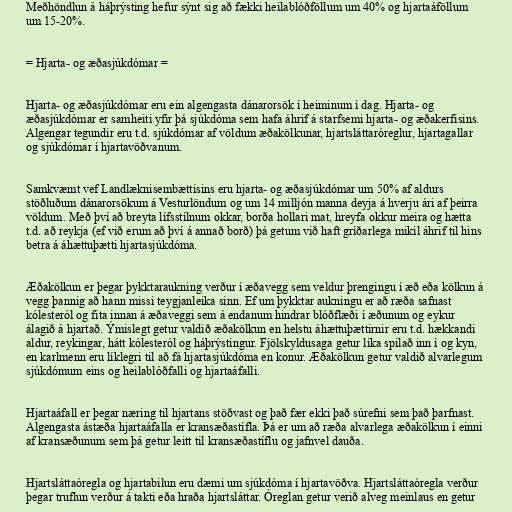
Meðhöndlun á háþrýsting hefur sýnt sig að fækki heilablóðföllum um 40% og hjartaáföllum
um 15-20%.

= Hjarta- og æðasjúkdómar =

Hjarta- og æðasjúkdómar eru ein algengasta dánarorsök í heiminum í dag. Hjarta- og
æðasjúkdómar er samheiti yfir þá sjúkdóma sem hafa áhrif á starfsemi hjarta- og æðakerfisins.
Algengar tegundir eru t.d. sjúkdómar af völdum æðakölkunar, hjartsláttaróreglur, hjartagallar
og sjúkdómar í hjartavöðvanum.

Samkvæmt vef Landlæknisembættisins eru hjarta- og æðasjúkdómar um 50% af aldurs
stöðluðum dánarorsökum á Vesturlöndum og um 14 milljón manna deyja á hverju ári af þeirra
völdum. Með því að breyta lífsstílnum okkar, borða hollari mat, hreyfa okkur meira og hætta
t.d. að reykja (ef við erum að því á annað borð) þá getum við haft gríðarlega mikil áhrif til hins
betra á áhættuþætti hjartasjúkdóma.

Æðakölkun er þegar þykktaraukning verður í æðavegg sem veldur þrengingu í æð eða kölkun á
vegg þannig að hann missi teygjanleika sinn. Ef um þykktar aukningu er að ræða safnast
kólesteról og fita innan á æðaveggi sem á endanum hindrar blóðflæði í æðunum og eykur
álagið á hjartað. Ýmislegt getur valdið æðakölkun en helstu áhættuþættirnir eru t.d. hækkandi
aldur, reykingar, hátt kólesteról og háþrýstingur. Fjölskyldusaga getur líka spilað inn í og kyn,
en karlmenn eru líklegri til að fá hjartasjúkdóma en konur. Æðakölkun getur valdið alvarlegum
sjúkdómum eins og heilablóðfalli og hjartaáfalli.

Hjartaáfall er þegar næring til hjartans stöðvast og það fær ekki það súrefni sem það þarfnast.
Algengasta ástæða hjartaáfalla er kransæðastífla. Þá er um að ræða alvarlega æðakölkun í einni
af kransæðunum sem þá getur leitt til kransæðastíflu og jafnvel dauða.

Hjartsláttaóregla og hjartabilun eru dæmi um sjúkdóma í hjartavöðva. Hjartsláttaóregla verður
þegar truflun verður á takti eða hraða hjartsláttar. Óreglan getur verið alveg meinlaus en getur